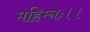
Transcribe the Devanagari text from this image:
महिम्नः।।